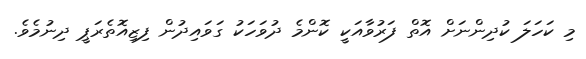
މި ކަހަލަ ކުދިންނަށް އޮތް ފަރުވާއަކީ ކޮންމެ ދުވަހަކު ގަވައިދުން ފިޒިއޮތެރަޕީ ދިނުމެވެ.